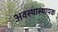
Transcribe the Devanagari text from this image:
अवस्थास्थापक